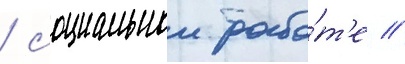
/ социальнои рабо́т'е //